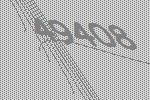
49408